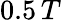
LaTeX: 0.5\, T